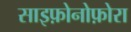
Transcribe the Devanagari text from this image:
साइफ़ोनोफ़ोरा